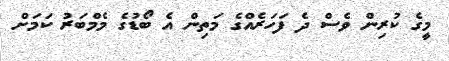
މީގެ ކުރިން ވެސް ދެ ފަހަރެއްގެ މަތިން އެ ބޯޑުގެ މެމްބަރު ކަމަށް